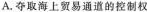
A.夺取海上贸易通道的控制权